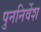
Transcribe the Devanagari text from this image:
पुननिर्वेश